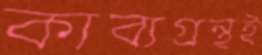
কাব্যগ্রন্থই